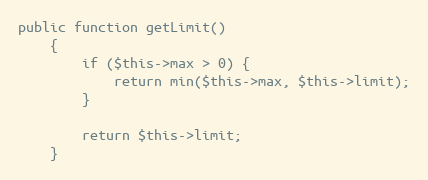
Language: PHP
public function getLimit()
    {
        if ($this->max > 0) {
            return min($this->max, $this->limit);
        }

        return $this->limit;
    }